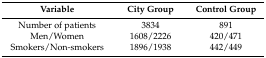
<table><thead><tr><td><b>Variable</b></td><td><b>City Group</b></td><td><b>Control Group</b></td></tr></thead><tbody><tr><td>Number of patients</td><td>3834</td><td>891</td></tr><tr><td>Men/Women</td><td>1608/2226</td><td>420/471</td></tr><tr><td>Smokers/Non-smokers</td><td>1896/1938</td><td>442/449</td></tr></tbody></table>